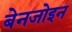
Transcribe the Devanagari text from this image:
बेनजोइन